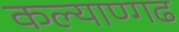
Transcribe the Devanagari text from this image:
कल्याण्गढ